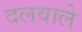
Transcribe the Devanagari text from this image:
दलवाले